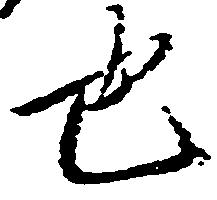
也